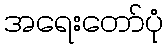
အရေးတော်ပုံ